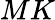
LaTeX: MK